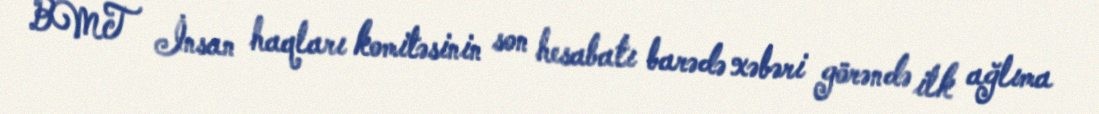
BMT İnsan haqları komitəsinin son hesabatı barədə xəbəri görəndə ilk ağlıma